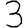
Digit: 3